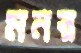
মনর